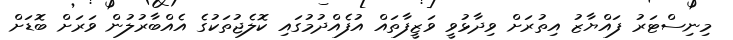
މިނިސްޓަރު ފައްޔާޒު އިތުރަށް ވިދާޅުވީ ވަޒީފާތައް އުފެއްދުމުގައި ކޮލެޖުތަކުގެ އެއްބާރުލުން ވަރަށް ބޮޑަށް